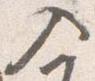
入